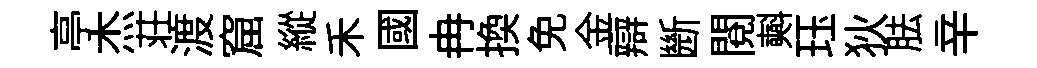
亭杰荘渡窟縱禾國冉换免金辯㫁閲𣂏珏狄胠辛